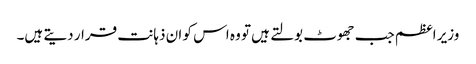
وزیر اعظم جب جھوٹ بولتے ہیں تو وہ اس کو ان ذہانت قرار دیتے ہیں۔